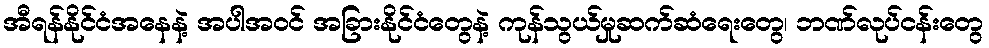
အီရန်နိုင်ငံအနေနဲ့ အပါအဝင် အခြားနိုင်ငံတွေနဲ့ ကုန်သွယ်မှုဆက်ဆံရေးတွေ၊ ဘဏ်လုပ်ငန်းတွေ